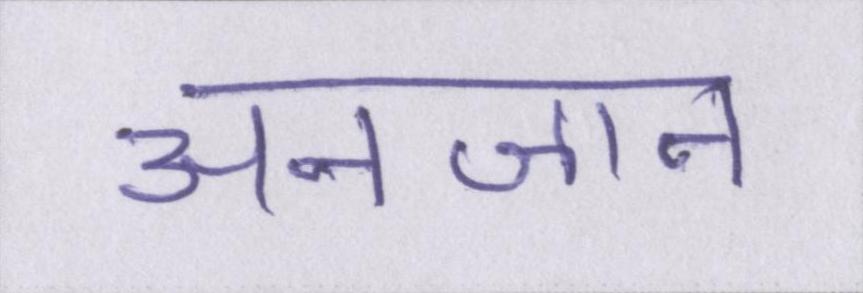
अनजान